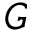
G